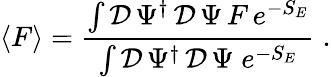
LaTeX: \left\langle F\right\rangle=\frac{\int\mathcal{D}\, \Psi^{\dagger}\, \mathcal{D}\, \Psi\, F\, e^{-S_{E}}}{\int\mathcal{D}\, \Psi^{\dagger}\, \mathcal{D}\, \Psi\; e^{-S_{E}}}\; .